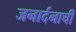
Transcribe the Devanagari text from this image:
जनार्दनाची